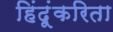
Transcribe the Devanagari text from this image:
हिंदूंकरिता